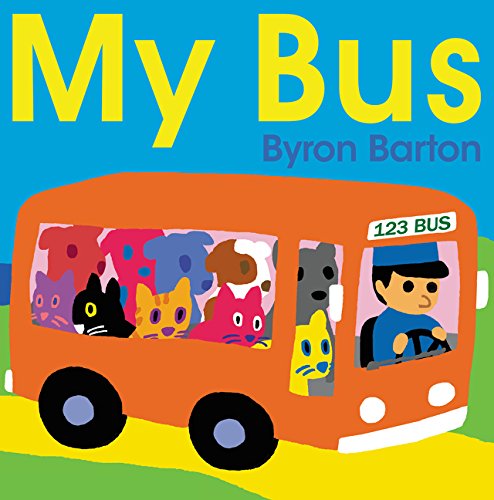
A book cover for My Bus Board Book; Byron Barton; Children's Books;